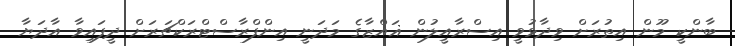
ބާންކީ މޫން އިތުރަށް ވިދާޅުވީ އިސްރާއީލުން ޣައްޒާގެ މަދަނީ އިންފްރާސްޓްރަކްޗަރަށް ދީފައިވާ އާދަޔާ